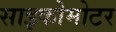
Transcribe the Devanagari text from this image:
साइकोमोटर